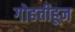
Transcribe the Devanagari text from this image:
गोहत्तीहून